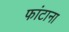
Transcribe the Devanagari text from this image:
फांटाना